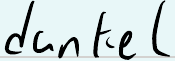
dunkel